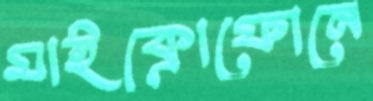
মাইক্রোফোনে